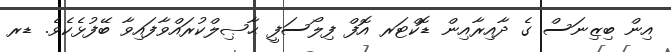
އިން ބިިޒިނަސް ގެ ދާއިރާއިން ޑޮކްޓަރ އޮފް ފިލޯސަފީ ޙާޞިލްކުރައްވާފައިވާ ބޭފުޅެކެވެ. ޑރ